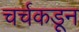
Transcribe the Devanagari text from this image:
चर्चकडून